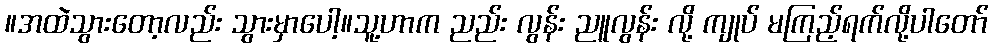
။အထဲသွားတော့လည်း သွားမှာပေါ့။သူ့ဟာက ညည်း လွန်း ညူလွန်း လို့ ကျုပ် မကြည့်ရက်လို့ပါတော်